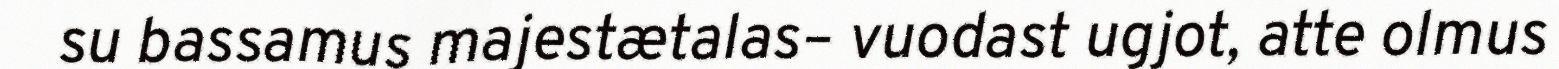
su bassamus majestætalas– vuodast ugjot, atte olmus